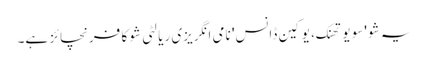
یہ شو 'سو یو تھنک، یو کین ڈانس' نامی انگریزی ریالٹی شو کا فرنچائز ہے۔